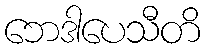
ဘေဒါပေသီတိ